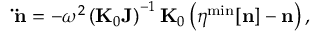
{ \bf \ddot { n } } = - \omega ^ { 2 } \left( { \bf K } _ { 0 } { \bf J } \right) ^ { - 1 } { \bf K } _ { 0 } \left( { \boldsymbol \eta } ^ { \mathrm { m i n } } [ { \bf n } ] - { \bf n } \right) ,